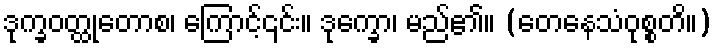
ဒုက္ခဝတ္ထုတောစ၊ ကြောင့်၎င်း။ ဒုက္ခော၊ မည်၏။ (တေနေသံဝုစ္စတိ။)